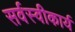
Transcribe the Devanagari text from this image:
सर्वस्वीकार्य